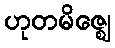
ဟုတမိဇ္ဈေ